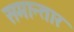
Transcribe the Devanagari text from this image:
समान्तार